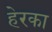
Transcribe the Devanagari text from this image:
हेरका